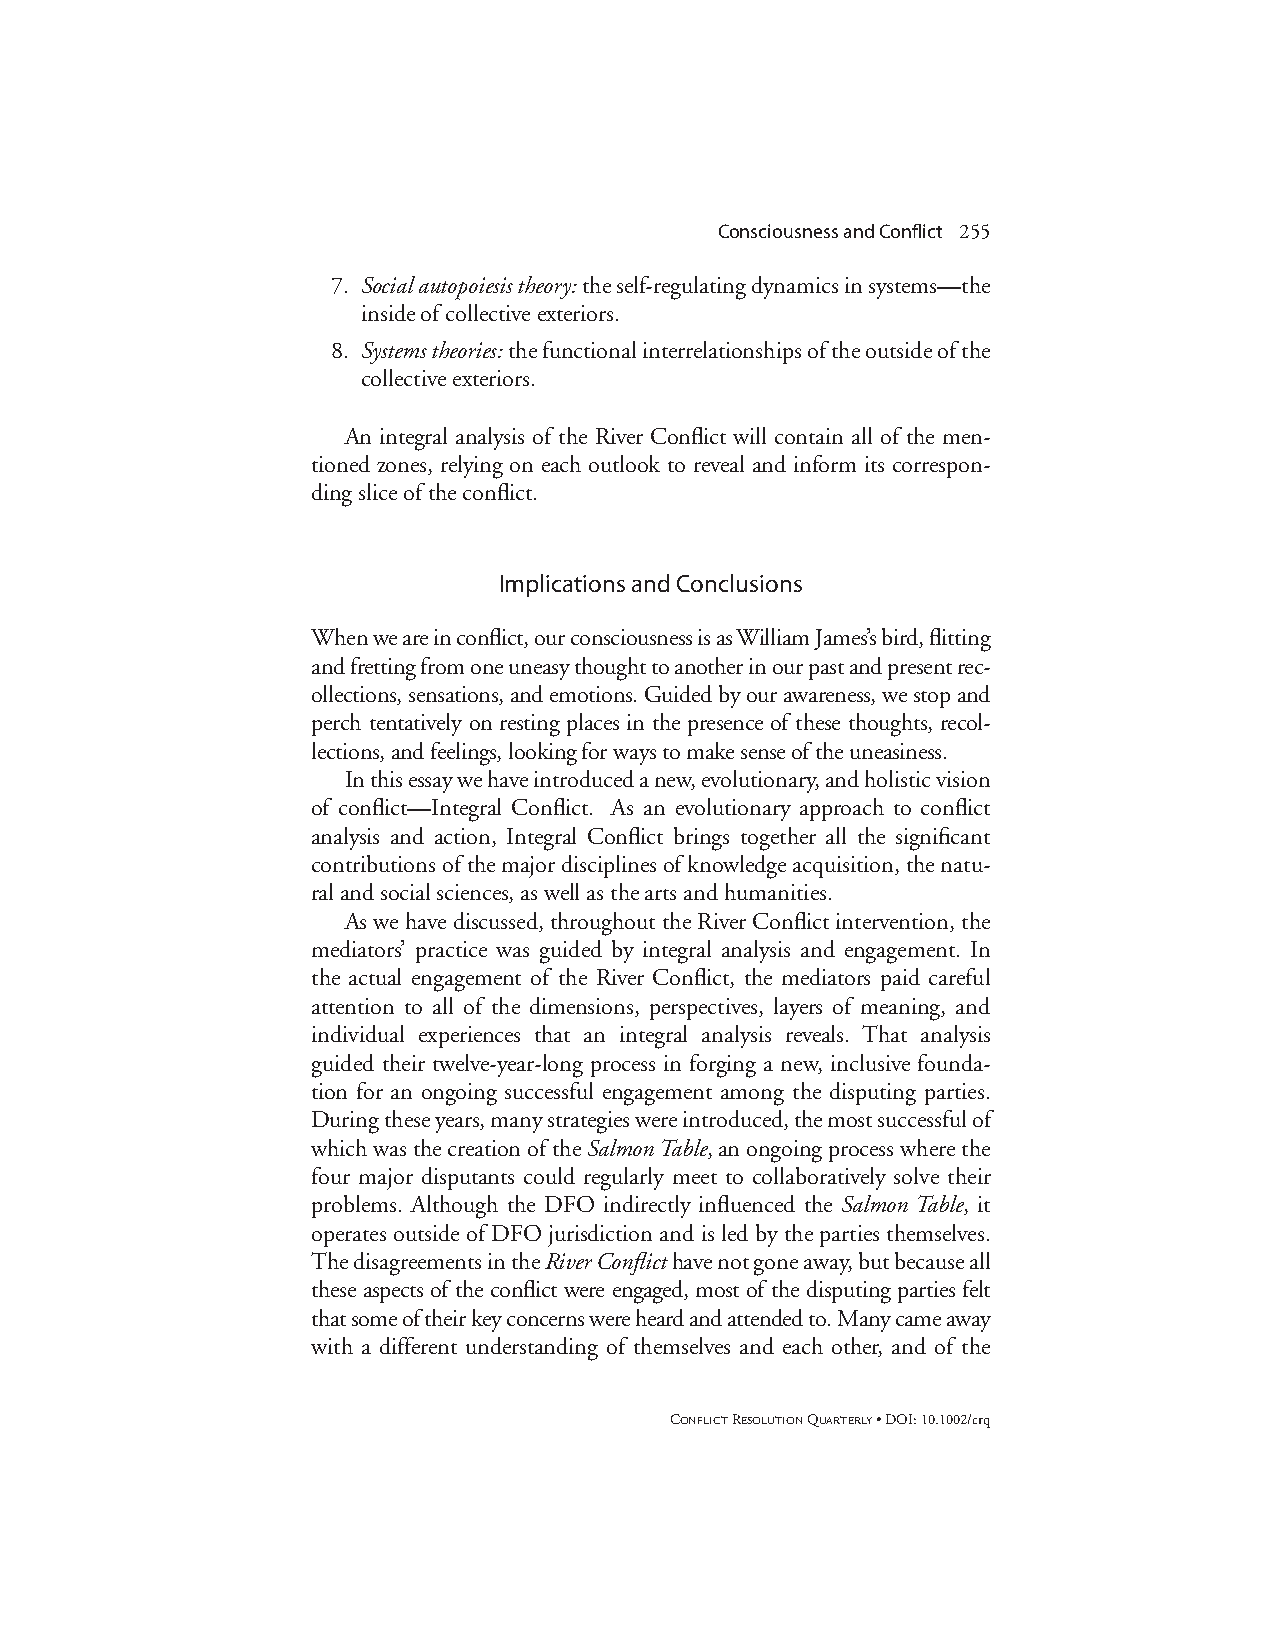
Consciousness and Conflict 255
 7. Social autopoiesis theory:the self-regulating dynamics in systems—the
 inside of collective exteriors.
 8. Systems theories:the functional interrelationships of the outside of the
 collective exteriors.
 An integral analysis of the River Conflict will contain all of the men-
 tioned zones, relying on each outlook to reveal and inform its correspon-
 ding slice of the conflict.
 Implications and Conclusions
 When we are in conflict, our consciousness is as William James’s bird, flitting
 and fretting from one uneasy thought to another in our past and present rec-
 ollections, sensations, and emotions. Guided by our awareness, we stop and
 perch tentatively on resting places in the presence of these thoughts, recol-
 lections, and feelings, looking for ways to make sense of the uneasiness.
 In this essay we have introduced a new, evolutionary, and holistic vision
 of conflict—Integral Conflict. As an evolutionary approach to conflict
 analysis and action, Integral Conflict brings together all the significant
 contributions of the major disciplines of knowledge acquisition, the natu-
 ral and social sciences, as well as the arts and humanities.
 As we have discussed, throughout the River Conflict intervention, the
 mediators’ practice was guided by integral analysis and engagement. In
 the actual engagement of the River Conflict, the mediators paid careful
 attention to all of the dimensions, perspectives, layers of meaning, and
 individual experiences that an integral analysis reveals. That analysis
 guided their twelve-year-long process in forging a new, inclusive founda-
 tion for an ongoing successful engagement among the disputing parties.
 During these years, many strategies were introduced, the most successful of
 which was the creation of the Salmon Table, an ongoing process where the
 four major disputants could regularly meet to collaboratively solve their
 problems. Although the DFO indirectly influenced the Salmon Table, it
 operates outside of DFO jurisdiction and is led by the parties themselves.
 The disagreements in the River Conflicthave not gone away, but because all
 these aspects of the conflict were engaged, most of the disputing parties felt
 that some of their key concerns were heard and attended to. Many came away
 with a different understanding of themselves and each other, and of the
 CONFLICTRESOLUTIONQUARTERLY• DOI: 10.1002/crq